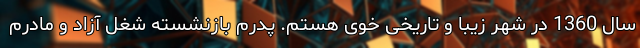
سال 1360 در شهر زیبا و تاریخی خوی هستم. پدرم بازنشسته شغل آزاد و مادرم